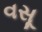
વસૂ